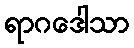
ရာဂဒေါသာ